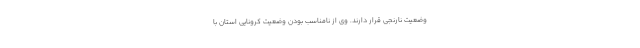
وضعیت نارنجی قرار دارند. وی از نامناسب بودن وضعیت کرونایی استان با